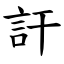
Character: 訐